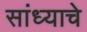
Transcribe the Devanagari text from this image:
सांध्याचे